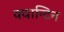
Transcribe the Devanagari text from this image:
क्वान्टिन